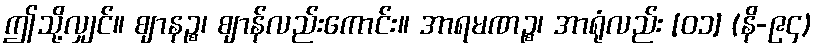
ဤသို့လျှင်။ ဈာနဉ္စ၊ ဈာန်လည်းကောင်း။ အာရမဏဉ္စ၊ အာရုံလည်း [၀၁] (နိ-၉၄)